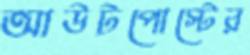
আউটপোস্টের